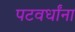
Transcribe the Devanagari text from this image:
पटवर्धांना